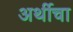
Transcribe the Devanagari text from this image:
अर्थीचा